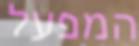
המפעל